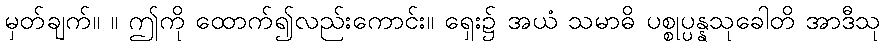
မှတ်ချက်။ ။ ဤကို ထောက်၍လည်းကောင်း။ ရှေး၌ အယံ သမာဓိ ပစ္စုပ္ပန္နသုခေါတိ အာဒီသု